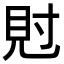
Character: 䙸